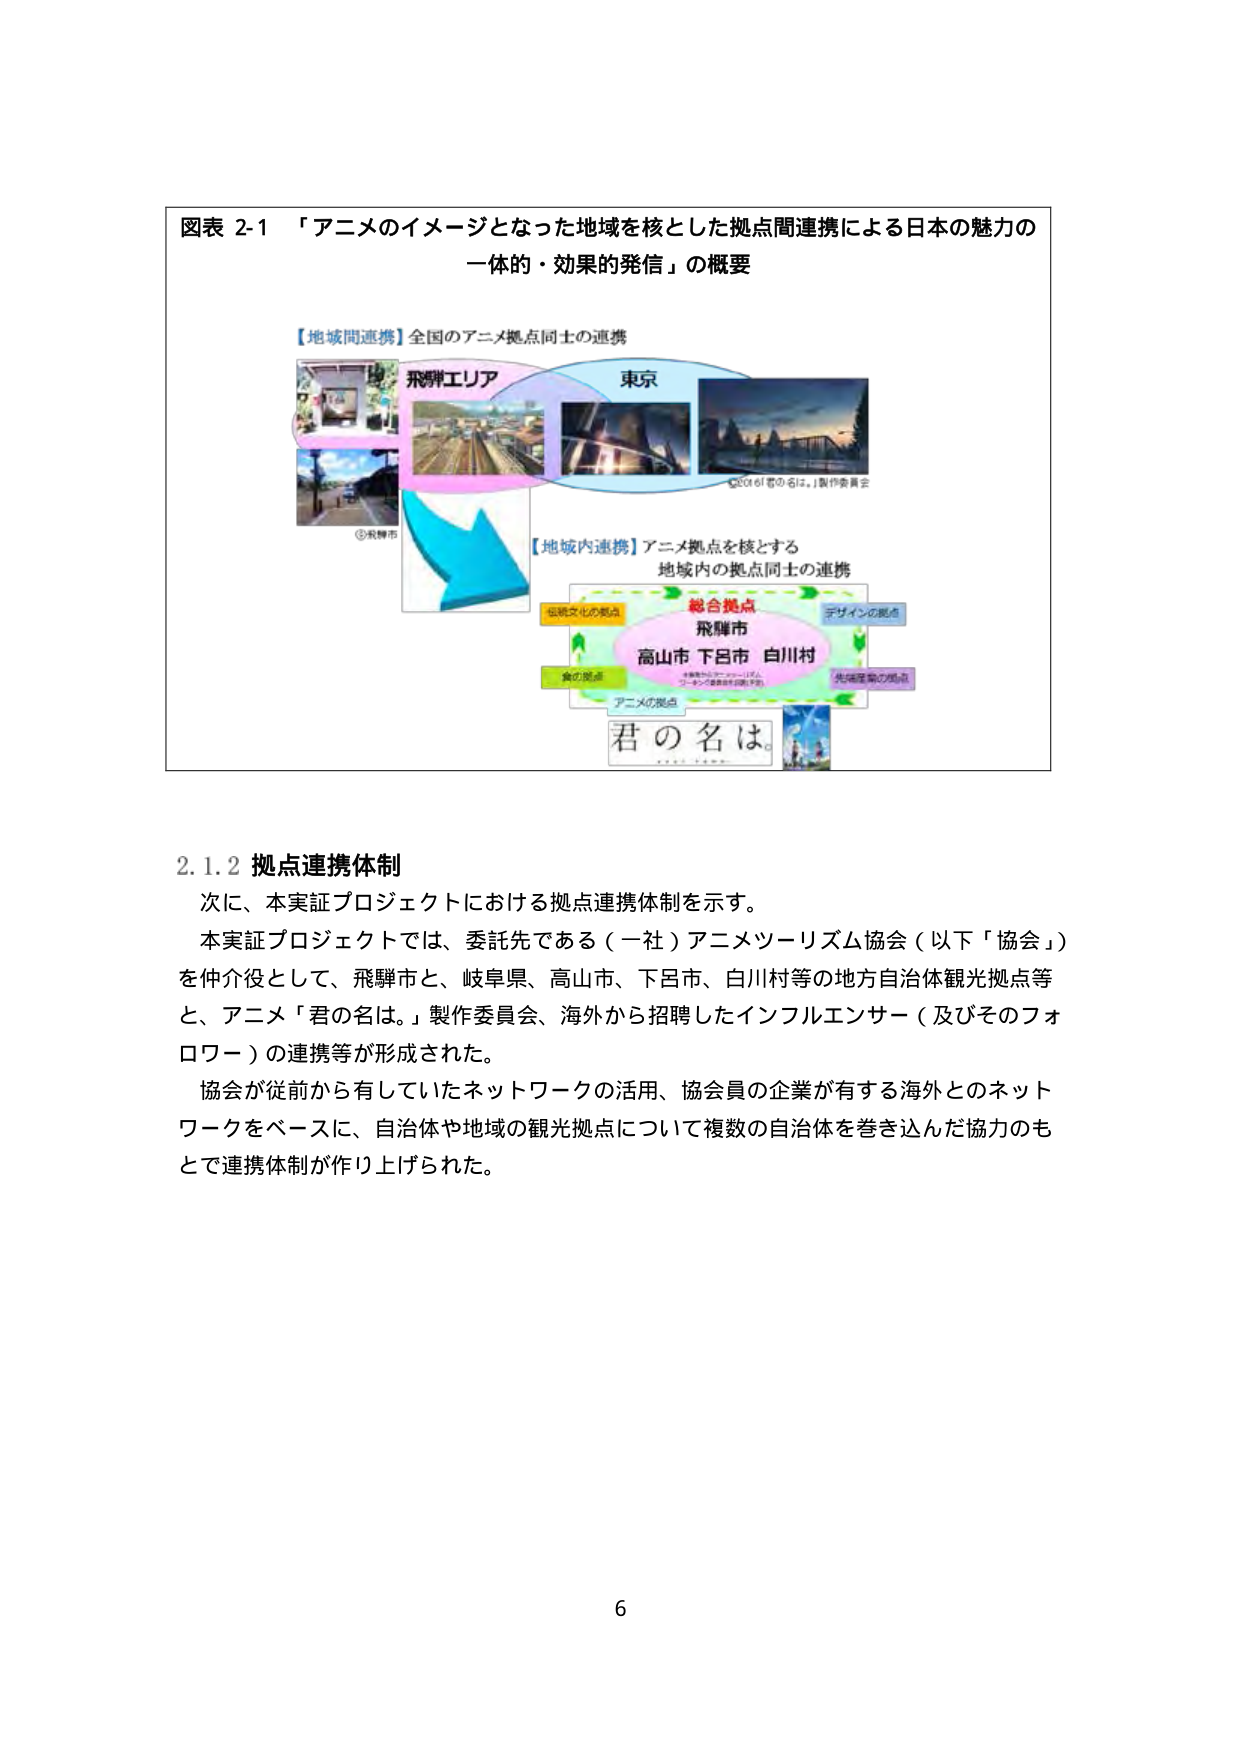
図表 2-1 「アニメのイメージとなった地域を核とした拠点間連携による日本の魅力の
一体的・効果的発信」の概要

【地域間連携】全国のアニメ拠点同士の連携
飛騨エリア
東京
©2016「君の名は。」製作委員会
③飛騨市

【地域内連携】アニメ拠点を核とする
地域内の拠点同士の連携
伝統文化の拠点
総合拠点
デザインの拠点
飛騨市
高山市 下呂市 白川村
食の拠点
アニメの拠点
先端産業の拠点
君の名は。

2.1.2 拠点連携体制
次に、本実証プロジェクトにおける拠点連携体制を示す。
本実証プロジェクトでは、委託先である（一社）アニメツーリズム協会（以下「協会」）
を仲介役として、飛騨市と、岐阜県、高山市、下呂市、白川村等の地方自治体観光拠点等
と、アニメ「君の名は。」製作委員会、海外から招聘したインフルエンサー（及びそのフォロワー）の連携等が形成された。
協会が従前から有していたネットワークの活用、協会員の企業が有する海外とのネットワークをベースに、自治体や地域の観光拠点について複数の自治体を巻き込んだ協力のもとで連携体制が作り上げられた。

6